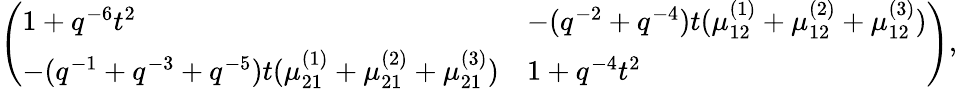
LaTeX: \left(\begin{array}{ll}{1+q^{-6}t^{2}}&{-(q^{-2}+q^{-4})t(\mu_{12}^{(1)}+\mu_{12}^{(2)}+\mu_{12}^{(3)})}\\ {-(q^{-1}+q^{-3}+q^{-5})t(\mu_{21}^{(1)}+\mu_{21}^{(2)}+\mu_{21}^{(3)})}&{1+q^{-4}t^{2}}\end{array}\right),